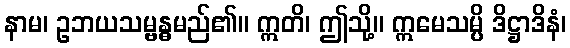
နာမ၊ ဥဘယသမ္ဗန္ဓမည်၏။ ဣတိ၊ ဤသို့။ ဣမေသမ္ပိ ဒိဋ္ဌာဒိနံ၊